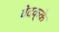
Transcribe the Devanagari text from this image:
वेदक्के